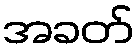
အခတ်